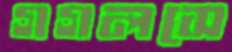
গগলসে